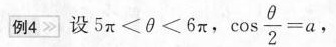
例4 设$$5 π < θ < 6 π$$，$$\cos \frac { θ } { 2 } = a$$ ，